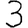
Digit: 3